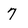
Character: 7